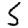
Digit: 5